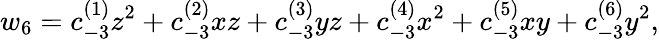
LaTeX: w_{6}=c_{-3}^{(1)}z^{2}+c_{-3}^{(2)}xz+c_{-3}^{(3)}yz+c_{-3}^{(4)}x^{2}+c_{-3}^{(5)}xy+c_{-3}^{(6)}y^{2},